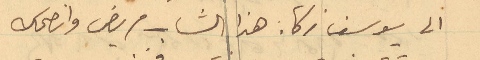
الى يوسف زكا: هذا الشاب مريض وانصحك